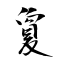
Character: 夐